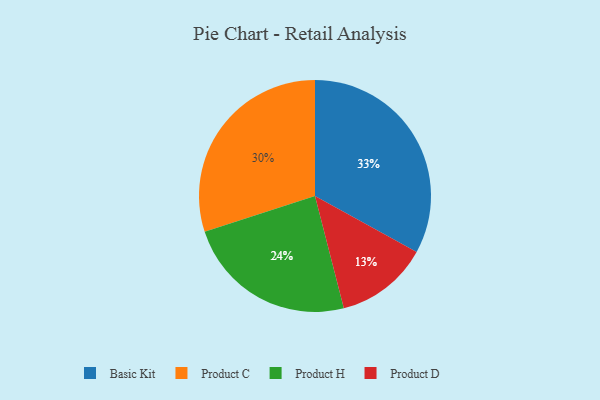
{"axis": {"x": "Category", "y": "Percentage"}, "legend": ["Basic Kit", "Product C", "Product D", "Product H"], "data": [{"x": "Product D", "y": 13, "type": "Product D"}, {"x": "Product C", "y": 30, "type": "Product C"}, {"x": "Product H", "y": 24, "type": "Product H"}, {"x": "Basic Kit", "y": 33, "type": "Basic Kit"}]}